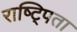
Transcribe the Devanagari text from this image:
राष्ट्पिता